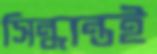
সিন্ধান্তই